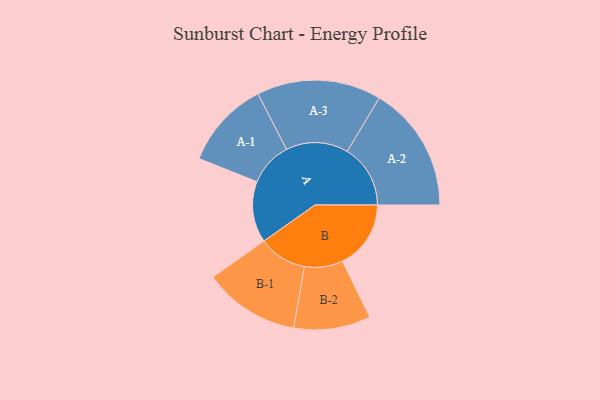
{"axis": {"x": "Segment", "y": "Value"}, "legend": ["", "A", "B"], "data": [{"x": "A", "y": 256, "type": ""}, {"x": "B", "y": 287, "type": ""}, {"x": "A-1", "y": 184, "type": "A"}, {"x": "A-2", "y": 265, "type": "A"}, {"x": "A-3", "y": 261, "type": "A"}, {"x": "B-1", "y": 202, "type": "B"}, {"x": "B-2", "y": 161, "type": "B"}]}